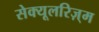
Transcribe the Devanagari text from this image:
सेक्यूलरिज़्म